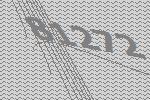
81272